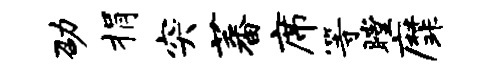
劭捐突蕃席等瞠縻